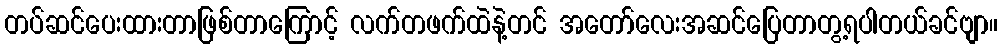
တပ်ဆင်ပေးထားတာဖြစ်တာကြောင့် လက်တဖက်ထဲနဲ့တင် အတော်လေးအဆင်ပြေတာတွ့ရပါတယ်ခင်ဗျာ။